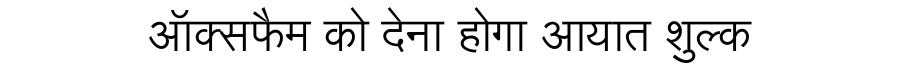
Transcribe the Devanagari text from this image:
ऑक्सफैम को देना होगा आयात शुल्क